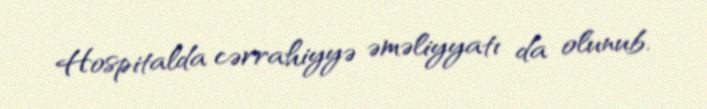
Hospitalda cərrahiyyə əməliyyatı da olunub.